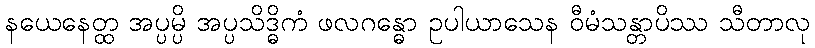
နယေနေတ္ထ အပ္ပမ္ပိ အပ္ပသိဒ္ဓိကံ ဖလဂန္ဓော ဥပါယာသေန ဝီမံသန္တာပိဿ သီတာလု